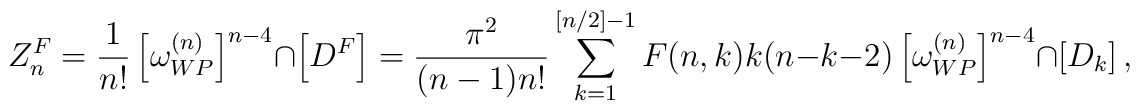
Z^F_n={1\over n!}\left[\omega_{WP}^{(n)}\right]^{n-4}\cap\left[D^F\right]={\pi^2\over (n-1)n!}\sum_{k=1}^{[n/2]-1}F(n,k)k(n-k-2)\left[\omega_{WP}^{(n)}\right]^{n-4}\cap\left[D_k\right],